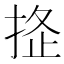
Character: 𢭌